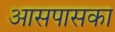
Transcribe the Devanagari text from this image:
आसपासका